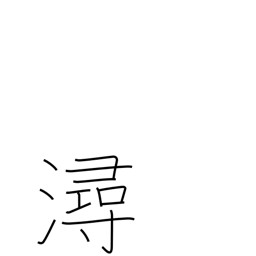
Meaning: banks